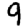
Digit: 9